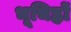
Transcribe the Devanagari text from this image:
भूचिह्नों